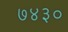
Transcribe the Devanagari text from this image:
७४३०